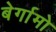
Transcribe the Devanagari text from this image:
बेर्गामो